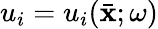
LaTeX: u_{i}=u_{i}(\bar{\mathbf x};\omega)